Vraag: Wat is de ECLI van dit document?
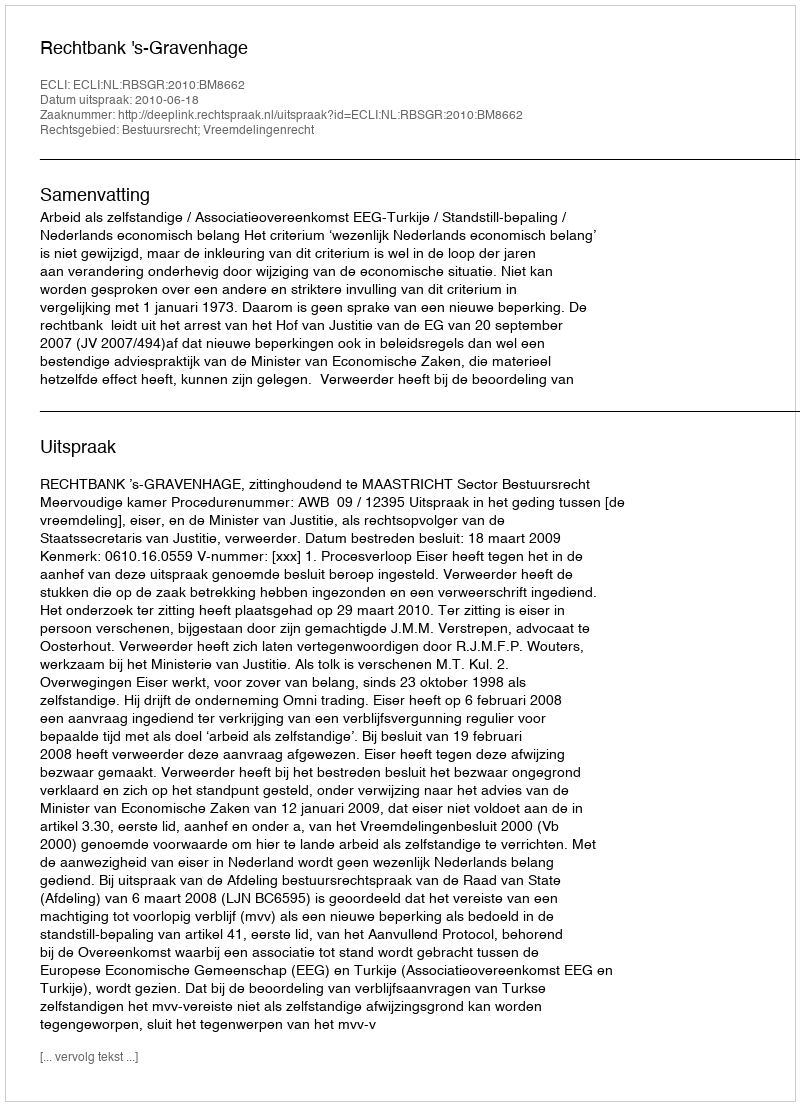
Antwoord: ECLI:NL:RBSGR:2010:BM8662